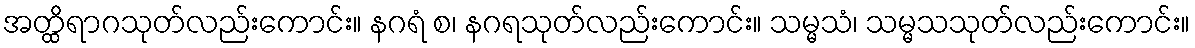
အတ္ထိရာဂသုတ်လည်းကောင်း။ နဂရံ စ၊ နဂရသုတ်လည်းကောင်း။ သမ္မသံ၊ သမ္မသသုတ်လည်းကောင်း။